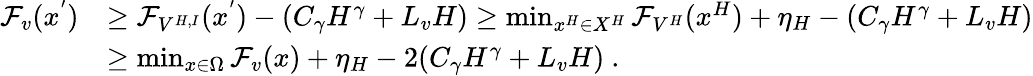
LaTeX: \begin{array}{rl}{{\mathcal F}_{v}(x^{'})}&{\geq{\mathcal F}_{V^{H,I}}(x^{'})-(C_{\gamma}H^{\gamma}+L_{v}H)\geq\operatorname*{min}_{x^{H}\in X^{H}}{\mathcal F}_{V^{H}}(x^{H})+\eta_{H}-(C_{\gamma}H^{\gamma}+L_{v}H)}\\ &{\geq\operatorname*{min}_{x\in\Omega}{\mathcal F}_{v}(x)+\eta_{H}-2(C_{\gamma}H^{\gamma}+L_{v}H)\ .}\end{array}